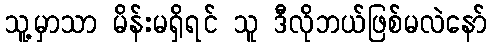
သူ့မှာသာ မိန်းမရှိရင် သူ ဒီလိုဘယ်ဖြစ်မလဲနော်